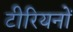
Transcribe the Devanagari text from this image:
टीरियनों